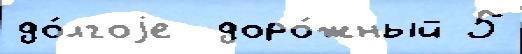
до́лгоjе  доро́жный 5